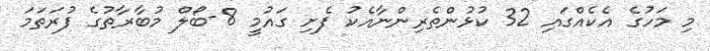
މި މަހުގެ އެކެއްގައި 32 ކުޅުންތެރިންނާއެކު ފެށި ގައުމީ 8-ބޯލް މުބާރާތުގެ ފުރަތަމަ